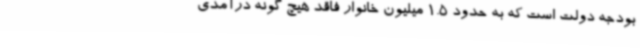
بودجه دولت است که به حدود 1.5 میلیون خانوار فاقد هیچ گونه درآمدی